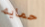
حمايه